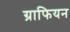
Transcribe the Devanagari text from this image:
ग्राफियन